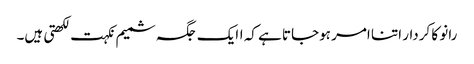
رانو کا کردار اتنا امر ہوجاتا ہے کہ اایک جگہ شمیم نکہت لکھتی ہیں۔